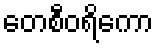
တေစီဝရိကော